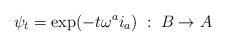
LaTeX: \begin{align*}\psi_t = {\rm exp} (-t \omega^a i_a) \; : \; B \rightarrow A\end{align*}